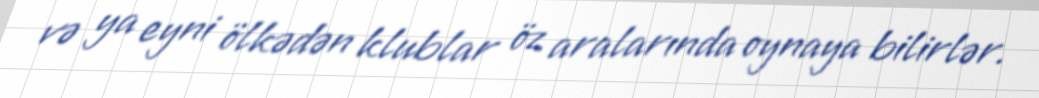
və ya eyni ölkədən klublar öz aralarında oynaya bilirlər.